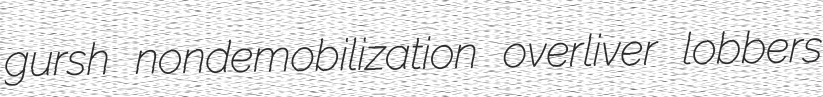
gursh nondemobilization overliver lobbers